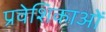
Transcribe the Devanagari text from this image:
प्रवेशिकाओं